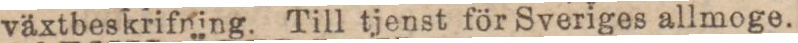
växtbeskrifning. Till tjenst för Sveriges allmoge.